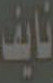
نايف